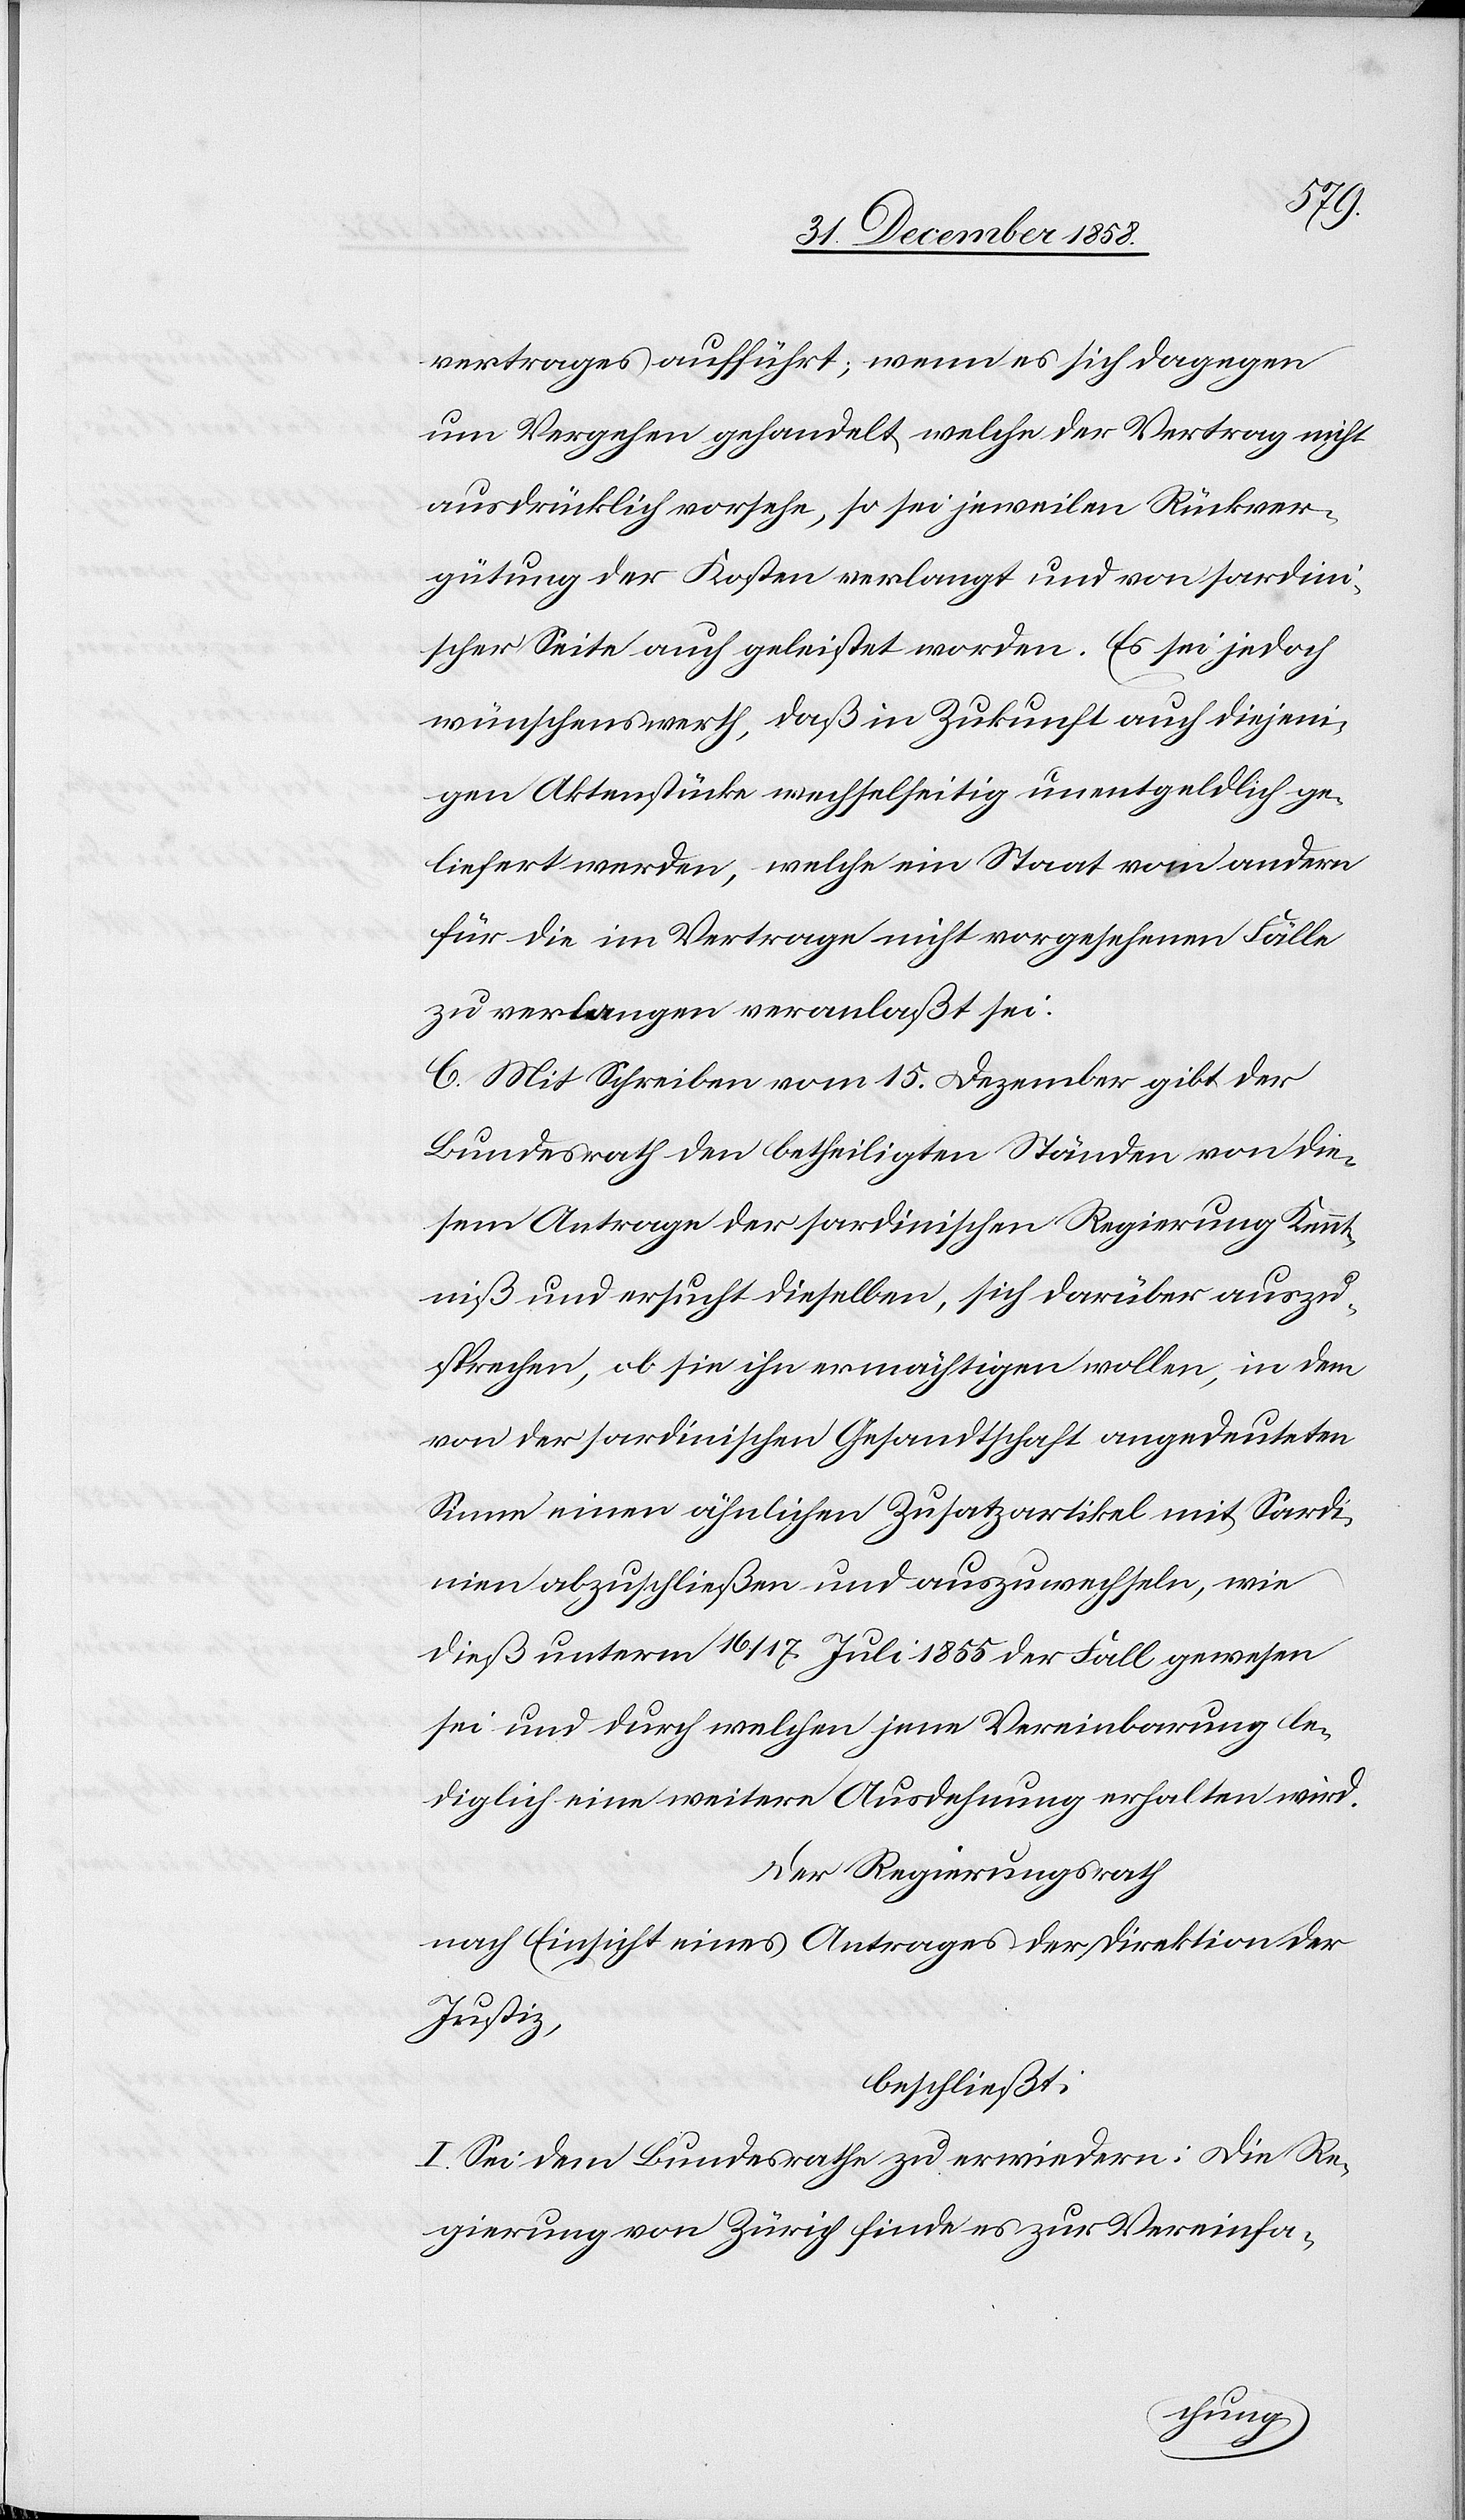
Begutac¬
Der Regierungsrath
nach Einsicht eines Antrages der Direktion des
Justiz
htung